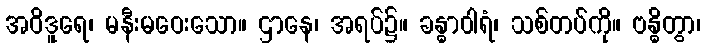
အဝိဒူရေ၊ မနီးမဝေးသော။ ဌာနေ၊ အရပ်၌။ ခန္ဓာဝါရံ၊ သစ်တပ်ကို။ ဗန္ဓိတွာ၊